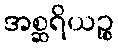
အစ္ဆရိယဉ္စ